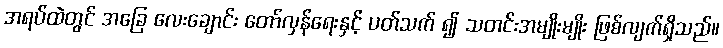
အရပ်ထဲတွင် အခြေ လေးချောင်း တော်လှန်ရေးနှင့် ပတ်သက် ၍ သတင်းအမျိုးမျိုး ဖြစ်လျက်ရှိသည်။